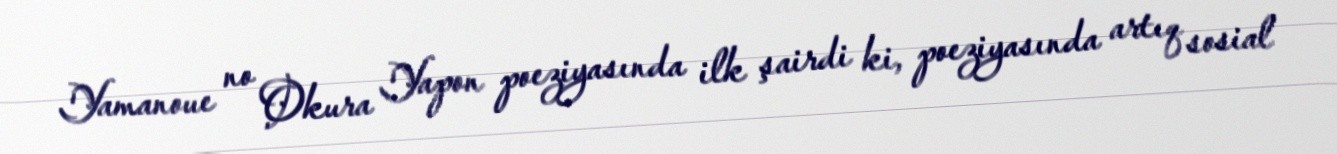
Yamanoue no Okura Yapon poeziyasında ilk şairdi ki, poeziyasında artıq sosial